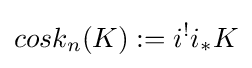
cosk_{n}(K):=i^{!}i_{*}K